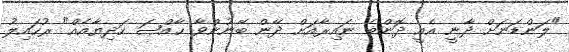
"ލަންޑަނަށް ދާނީ އެއީ ދޮންބެ ނައިރާއަށް ދޭން ބޭނުންވާ ޚާއްޞަ ހަދިޔާއެއް" ރުހައިލު